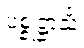
ပစ္စုဋ္ဌာသိံ